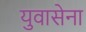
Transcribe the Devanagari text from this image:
युवासेना